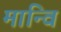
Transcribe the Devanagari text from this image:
मान्वि